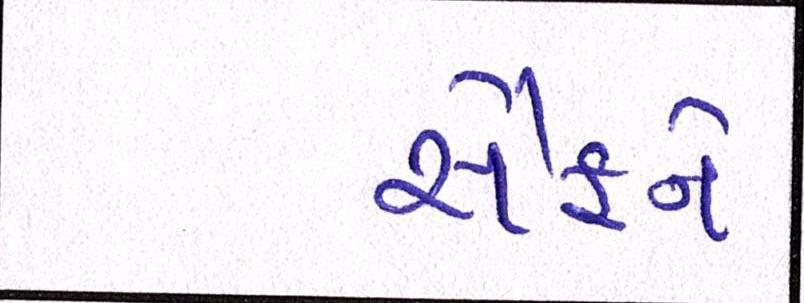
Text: સૈફને